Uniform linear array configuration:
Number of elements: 32
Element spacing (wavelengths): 0.75
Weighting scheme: blackman
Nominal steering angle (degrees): -45
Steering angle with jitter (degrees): -43.12
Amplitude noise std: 0.05
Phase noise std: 0.05

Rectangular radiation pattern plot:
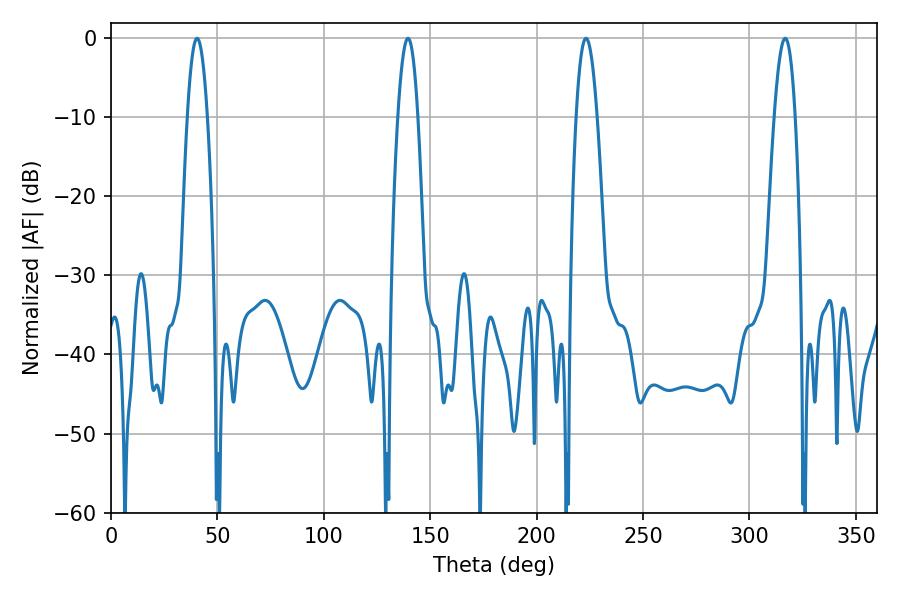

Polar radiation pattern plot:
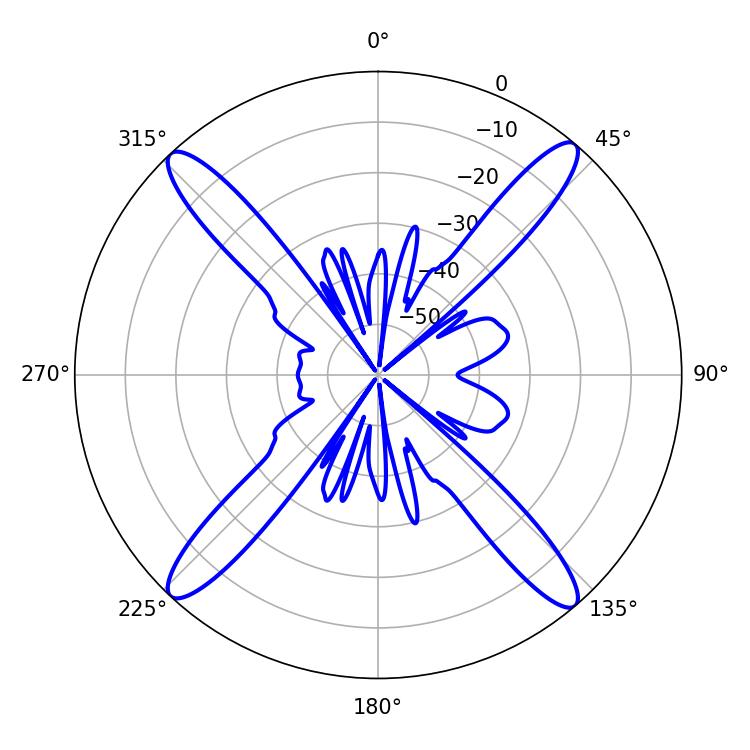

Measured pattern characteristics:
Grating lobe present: TRUE
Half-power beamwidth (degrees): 5.22
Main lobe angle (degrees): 223.2